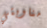
مناوبتي